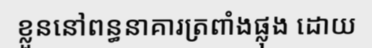
ខ្លួននៅពន្ធនាគារត្រពាំងផ្លុង ដោយ